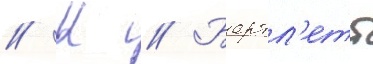
// К // Бартл'етт